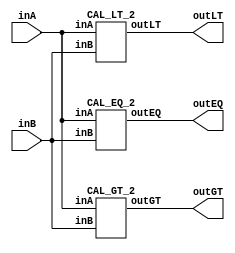
/* CSED273 lab2 experiment 2 */
/* lab2_2.v */
/* 20220100  */

/* Simplifed equation by K-Map method
 * You are allowed to use keword "assign" and operator "&","|","~",
 * or just implement with gate-level-modeling (and, or, not) */
module lab2_2(
    output wire outGT, outEQ, outLT,
    input wire [1:0] inA,
    input wire [1:0] inB
    );

    CAL_GT_2 cal_gt2(outGT, inA, inB);
    CAL_EQ_2 cal_eq2(outEQ, inA, inB);
    CAL_LT_2 cal_lt2(outLT, inA, inB);

endmodule

/* Implement output about "A>B" */
module CAL_GT_2(
    output wire outGT,
    input wire [1:0] inA,
    input wire [1:0] inB
    );

    ////////////////////////
    wire gt1, gt2, gt3;
    and(gt1, inA[1], ~inB[1]); //gt1 = A1B1'
    and(gt2, inA[0], ~inB[1], ~inB[0]); //gt2 = A0B1'B0'
    and(gt3, inA[1], inA[0], ~inB[0]); //gt3 = A1A0B0'
    or(outGT, gt1, gt2, gt3); //outGT(A>B) = gt1+gt2+gt3 = A1B_1' + A0B1'B0' + A1A0B0'
    ////////////////////////

endmodule

/* Implement output about "A=B" */
module CAL_EQ_2(
    output wire outEQ,
    input wire [1:0] inA, 
    input wire [1:0] inB
    );

    ////////////////////////
    wire eq1, eq2, eq3, eq4;
    or(eq1, ~inA[1], inB[1]); //eq1 = A1'+B1
    or(eq2, inA[1], ~inB[1]); //eq2 = A1+B1'
    or(eq3, ~inA[0], inB[0]); //eq3 = A0'+B0
    or(eq4, inA[0], ~inB[0]); //eq4 = A0+B0'
    and(outEQ, eq1, eq2, eq3, eq4); //outEQ(A=B) = eq1eq2eq3eq4 = (A1'+B1)(A1+B1')(A0'+B0)(A0+B0')
    ////////////////////////

endmodule

/* Implement output about "A<B" */
module CAL_LT_2(
    output wire outLT,
    input wire [1:0] inA, 
    input wire [1:0] inB
    );

    ////////////////////////
    wire lt1, lt2, lt3;
    and(lt1, ~inA[1], inB[1]); //lt1 = A1'B1
    and(lt2, ~inA[0], inB[1], inB[0]); //lt2 = A0'B1B0
    and(lt3, ~inA[1], ~inA[0], inB[0]); //lt3 = A1'A0'B0
    or(outLT, lt1, lt2, lt3); //outLT(A<B) = lt1+lt2+lt3 = A1'B1 + A0'B1B0 + A1'A0'B0
    ////////////////////////

endmodule